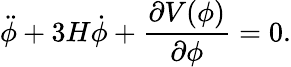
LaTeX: \ddot{\phi}+3H\dot{\phi}+{\frac{\partial V(\phi)}{\partial\phi}}=0.